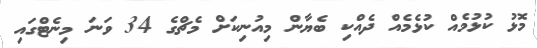
މޮޅު ކުޅުމެއް ކުޅެމެއް ދެއްކި ބެޔާން މިއުނިކަށް މެޗްގެ 34 ވަނަ މިނެޓްގައި